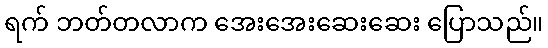
ရက် ဘတ်တလာက အေးအေးဆေးဆေး ပြောသည်။